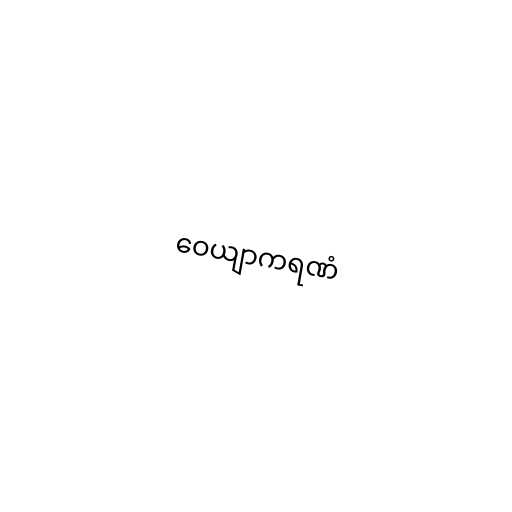
ဝေယျာကရဏံ